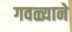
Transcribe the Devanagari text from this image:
गवळ्याने